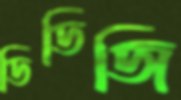
ডিডিজি